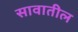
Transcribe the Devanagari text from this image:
सावातील